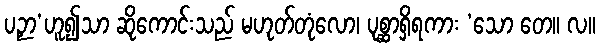
ပဉှာ’ဟူ၍သာ ဆိုကောင်းသည် မဟုတ်တုံလော၊ ပုစ္ဆာရှိရကား ‘သော တေ။ လ။